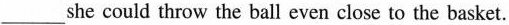
___she could throw the ball even close to the basket.